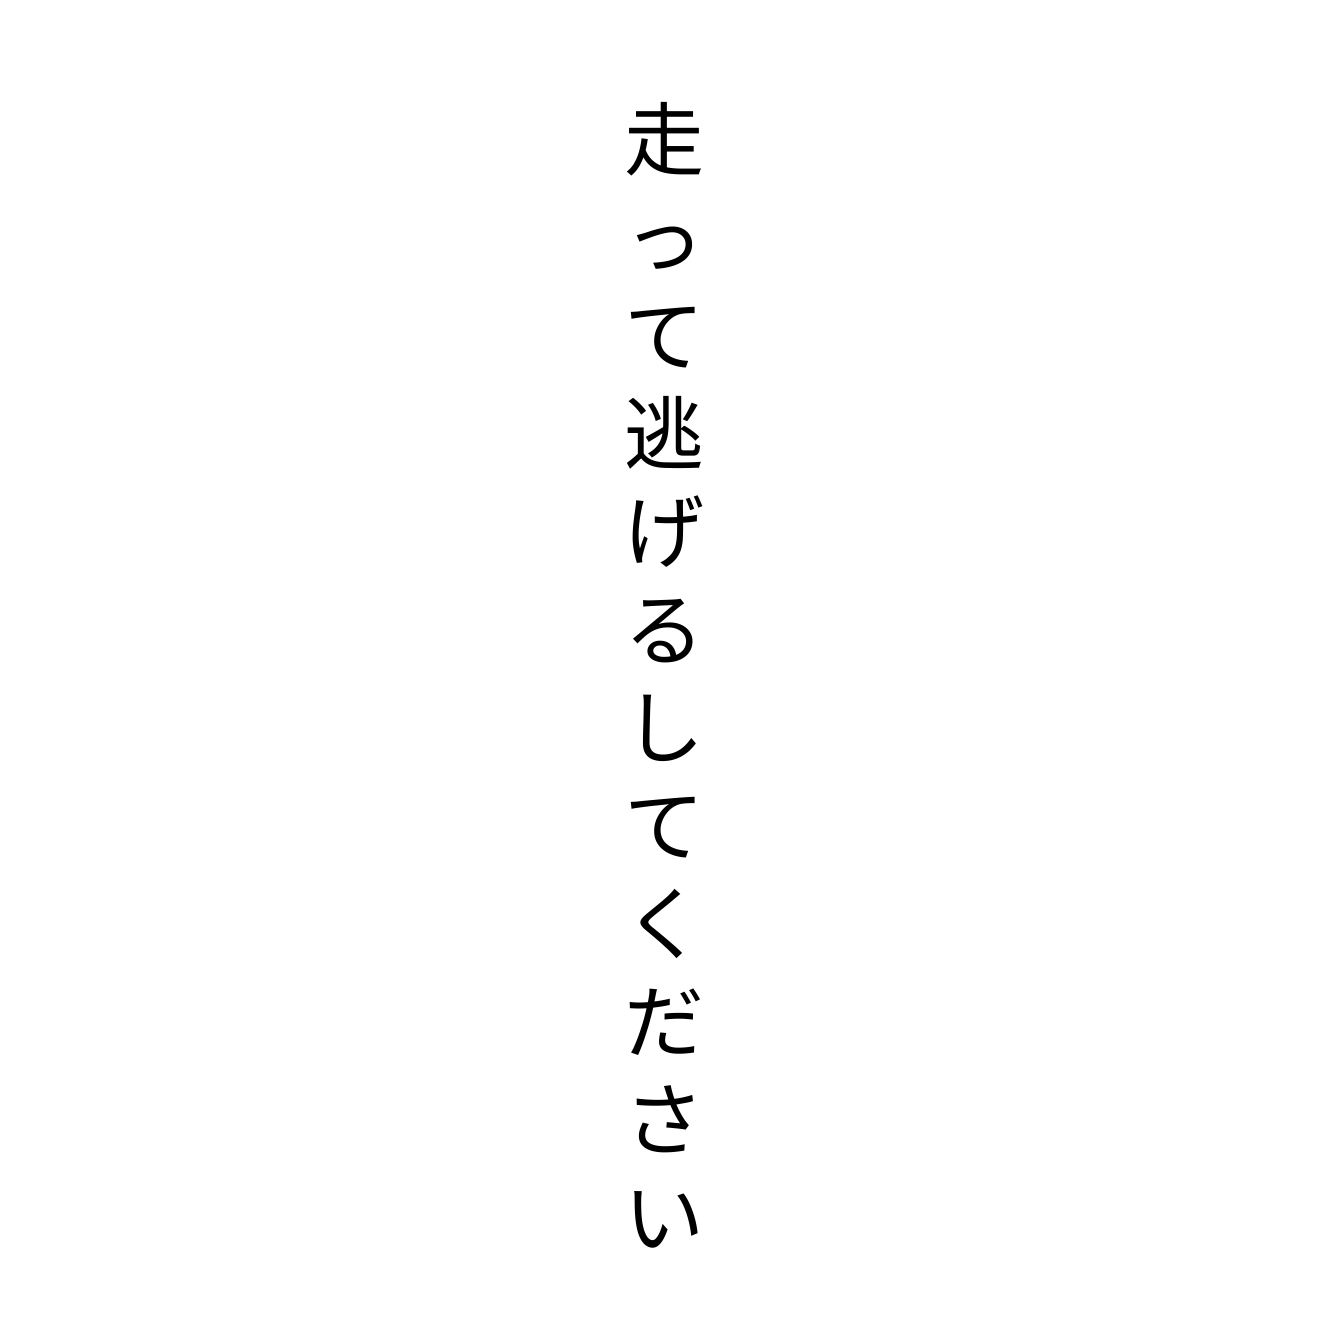
走って逃げるしてください